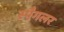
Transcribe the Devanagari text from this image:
स्पैगलर